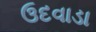
ઉદવાડા